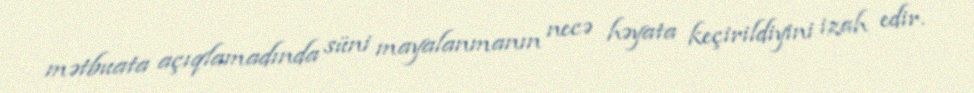
mətbuata açıqlamadında süni mayalanmanın necə həyata keçirildiyini izah edir.